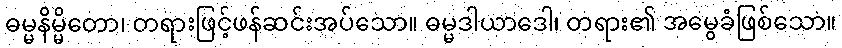
ဓမ္မနိမ္မိတော၊ တရားဖြင့်ဖန်ဆင်းအပ်သော။ ဓမ္မဒါယာဒေါ၊ တရား၏ အမွေခံဖြစ်သော။